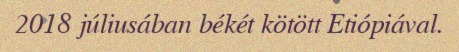
2018 júliusában békét kötött Etiópiával.